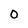
Character: O